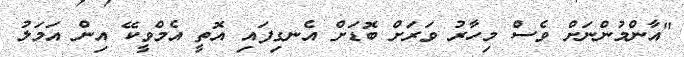
"އާންމުންނަށް ވެސް މިހާރު ވަރަށް ބޮޑަށް އެނގިފައި އޮތީ އެމްވީކޭ އިން އަމަލު